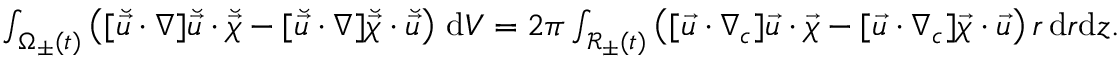
\begin{array} { r } { \int _ { \Omega _ { \pm } ( t ) } \left( [ \breve { \vec { u } } \cdot \nabla ] \breve { \vec { u } } \cdot \breve { \vec { \chi } } - [ \breve { \vec { u } } \cdot \nabla ] \breve { \vec { \chi } } \cdot \breve { \vec { u } } \right) \, \mathrm { d } V = 2 \pi \int _ { \mathcal { R } _ { \pm } ( t ) } \, \bigl ( [ \vec { u } \cdot \nabla _ { c } ] \vec { u } \cdot \vec { \chi } - [ \vec { u } \cdot \nabla _ { c } ] \vec { \chi } \cdot \vec { u } \bigr ) \, r \, \mathrm { d } r \mathrm { d } z . } \end{array}